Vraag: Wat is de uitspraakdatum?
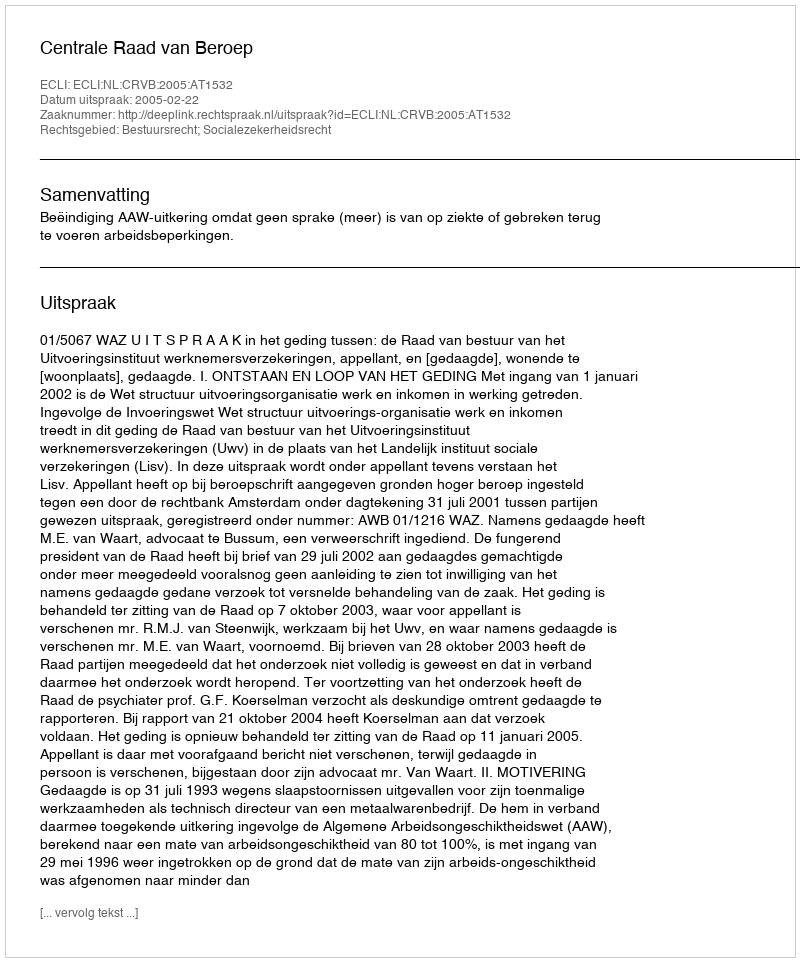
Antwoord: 2005-02-22